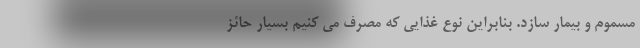
مسموم و بیمار سازد. بنابراین نوع غذایی که مصرف می کنیم بسیار حائز